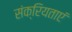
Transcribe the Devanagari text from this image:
संक्रियताएं